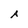
Character: A